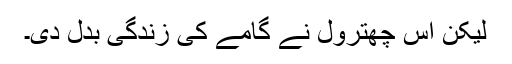
لیکن اس چھترول نے گامے کی زندگی بدل دی۔